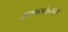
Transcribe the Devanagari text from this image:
शतकानंतरच्या